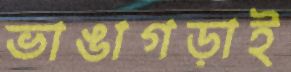
ভাঙাগড়াই